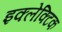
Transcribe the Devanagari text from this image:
इक्लेक्टिक